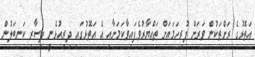
އަތޮޅުގެ ރަށްތަކުން ވަރަށް ފުރިހަމައަށް ތައްޔާރުވެފައިވާކަމަށާއި އެ އަތޮޅުގައި ދިރިއުޅެނީ ފިސާރި ކަނބަލުން